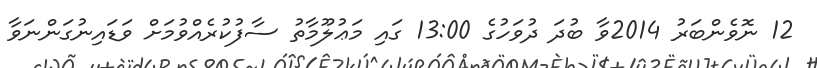
12 ނޮވެންބަރު 2014ވާ ބުދަ ދުވަހުގެ 13:00 ގައި މަޢުލޫމާތު ސާފުކުރެއްވުމަށް ވަޑައިނުގަންނަވާ